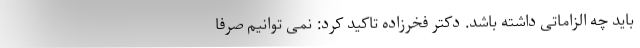
باید چه الزاماتی داشته باشد. دکتر فخرزاده تاکید کرد: نمی توانیم صرفا